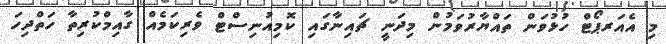
މި އެއަރޕޯޓް ހުޅުވަން ތައްޔާރުވަމުން މިދަނީ ޗައިނާގައި ކޮމިއުނިސްޓް ވެރިކަމެއް ގާއިމްކުރިތާ ހަތްދިހަ